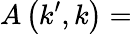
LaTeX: A\left(k^{\prime},k\right)=